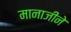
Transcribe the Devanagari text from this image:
मानाजीने